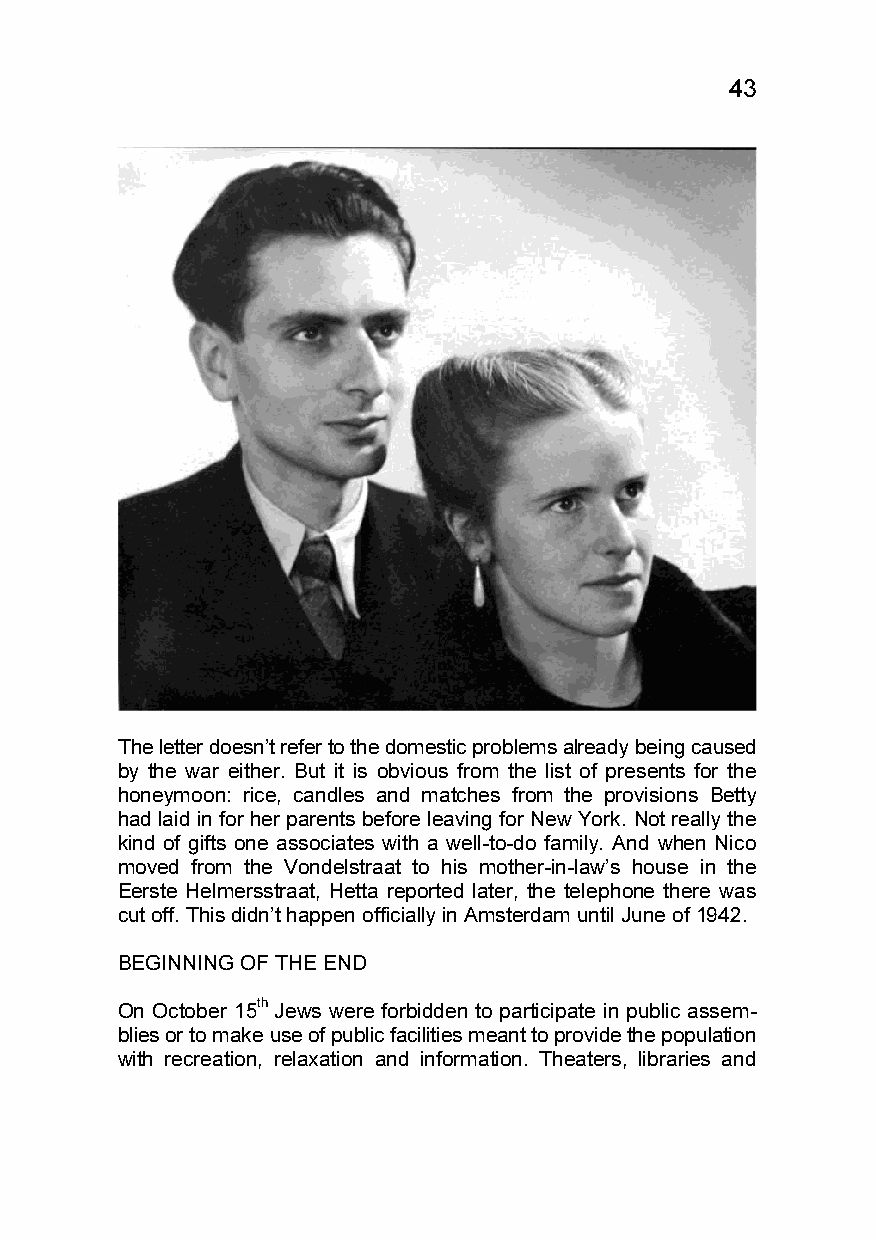
43
 The letter doesn’t refer to the domestic problems already being caused
 by the war either. But it is obvious from the list of presents for the
 honeymoon: rice, candles and matches from the provisions Betty
 had laid in for her parents before leaving for New York. Not really the
 kind of gifts one associates with a well-to-do family. And when Nico
 moved from the Vondelstraat to his mother-in-law’s house in the
 Eerste Helmersstraat, Hetta reported later, the telephone there was
 cut off. This didn’t happen officially in Amsterdam until June of 1942.
 BEGINNING OF THE END
 On October 15th Jews were forbidden to participate in public assem-
 blies or to make use of public facilities meant to provide the population
 with recreation, relaxation and information. Theaters, libraries and